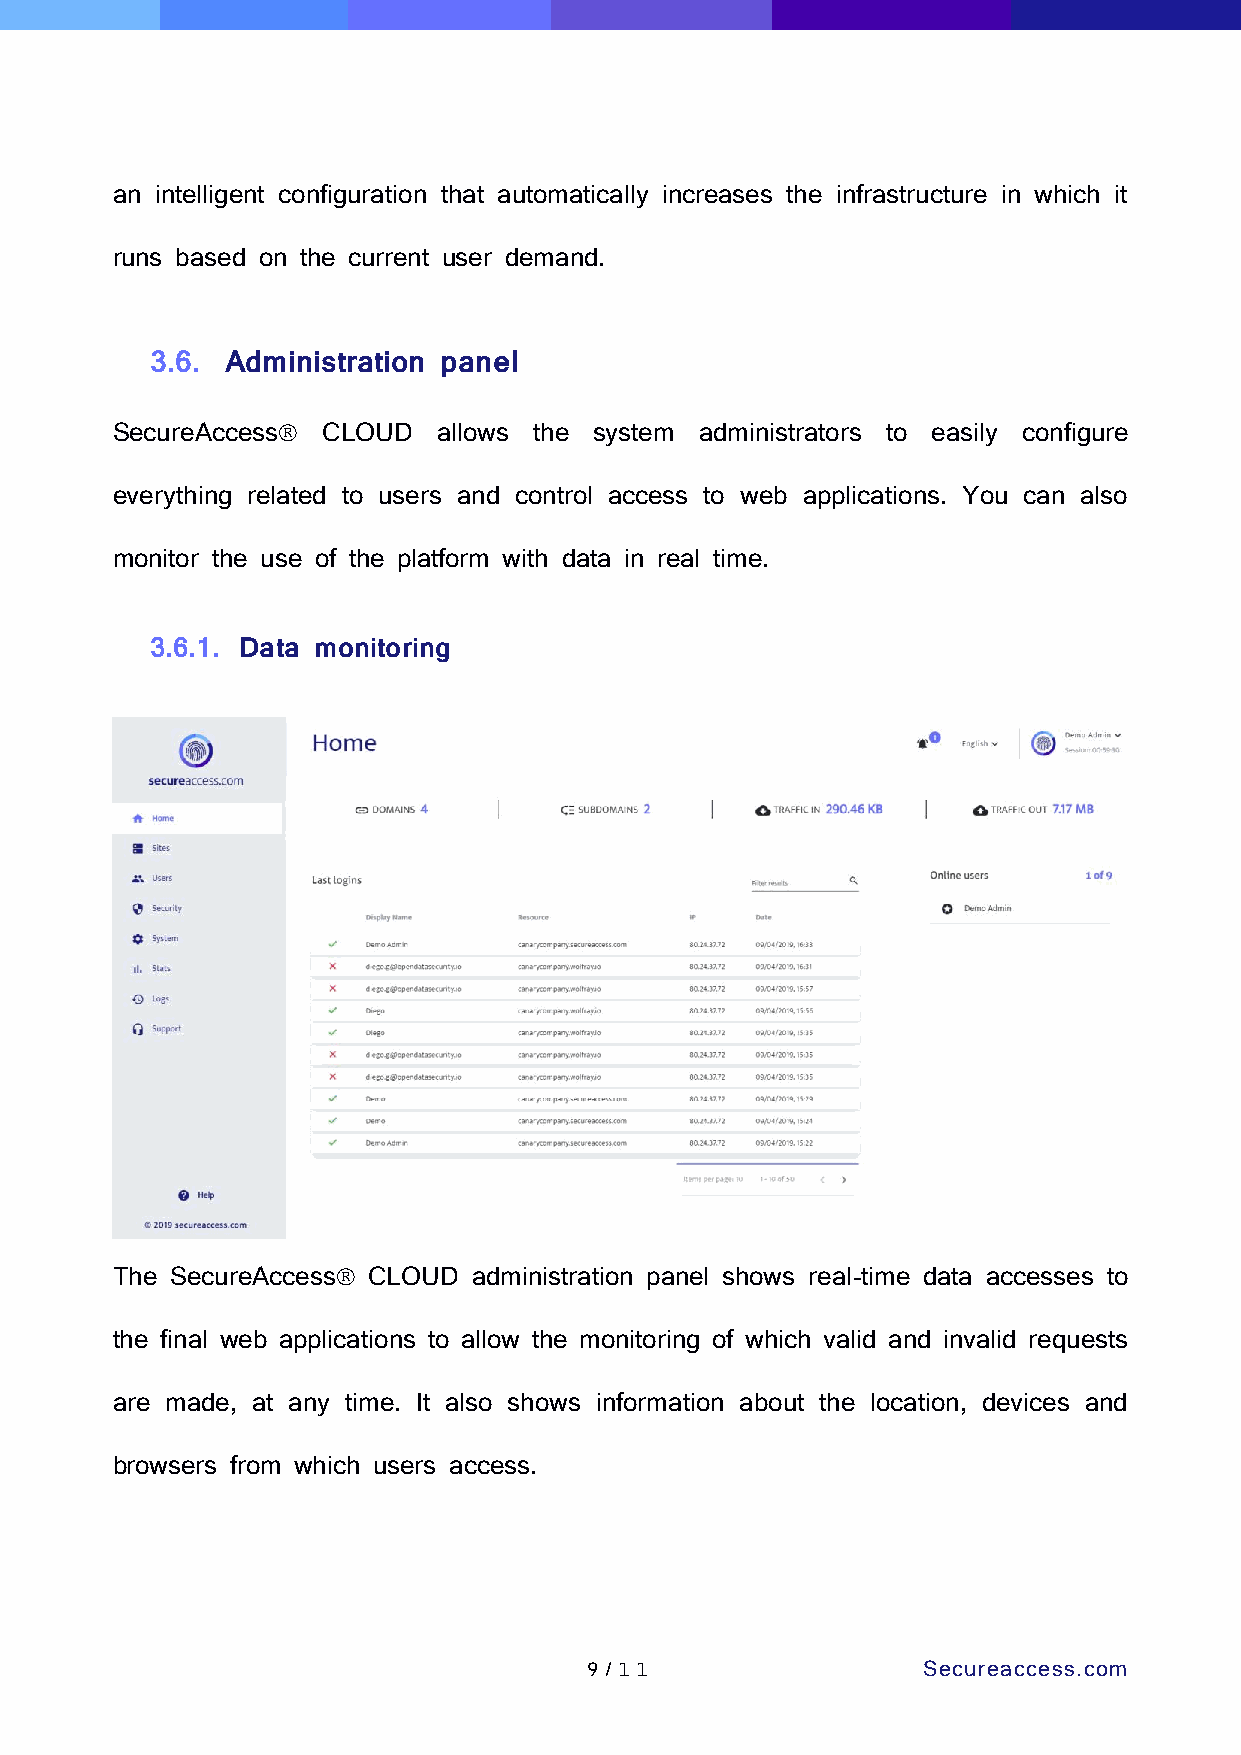
an intelligent configuration that automatically increases the infrastructure in which it
 runs based on the current user demand.
 3.6. Administration panel
 SecureAccess CLOUD   allows the system administrators to easily configure
 everything related to users and control access to web applications. You can also
 monitor the use of the platform with data in real time.
 3.6.1. Data monitoring
 The SecureAccess CLOUD administration panel shows real-time data accesses to
 the final web applications to allow the monitoring of which valid and invalid requests
 are made, at any time. It also shows information about the location, devices and
 browsers from which users access.
 9 /1 1                Secureaccess.com